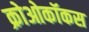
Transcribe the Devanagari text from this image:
क्रोओकॉकस